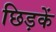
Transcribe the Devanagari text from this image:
छिड़कें